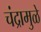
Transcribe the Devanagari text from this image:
चंद्रामुळे